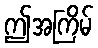
ဤအကြိမ်